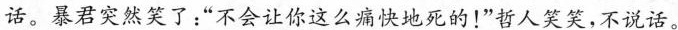
话。暴君突然笑了：”不会让你这么痛快地死的！”哲人笑笑，不说话。